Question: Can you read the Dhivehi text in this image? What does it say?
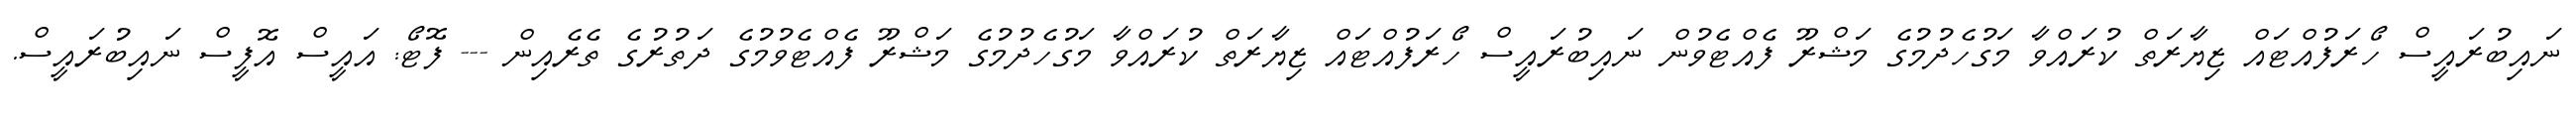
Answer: ނައިބުރައީސް ހޯރަފުއްޓައް ޒިޔާރަތް ކުރައްވާ މަގުހެދުމުގެ މަޝްރޫ ފެއްޓެވުން ނައިބުރައީސް ހޯރަފުއްޓައް ޒިޔާރަތް ކުރައްވާ މަގުހެދުމުގެ މަޝްރޫ ފެއްޓެވުމުގެ ދަތުރުގެ ތެރެއިން --- ފޮޓޯ: އައީސް އޮފީސް ނައިބުރައީސް.